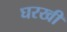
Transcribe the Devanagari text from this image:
घरखी